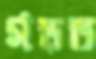
গড়ত